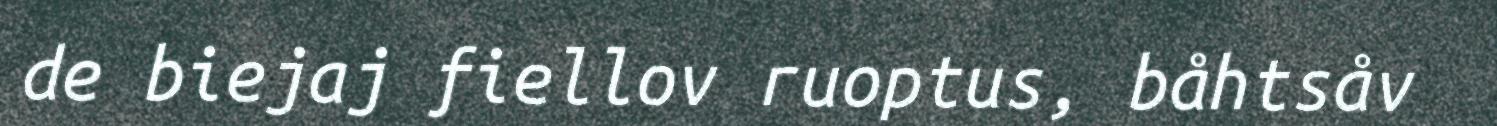
de biejaj fiellov ruoptus, båhtsåv